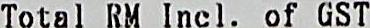
TOTAL RM INCL. OF GST